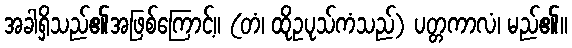
အခါရှိသည်၏အဖြစ်ကြောင့်။ (တံ၊ ထိုဥပုသ်ကံသည်) ပတ္တကာလံ၊ မည်၏။